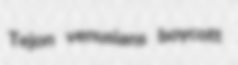
Tejon venusians boycott